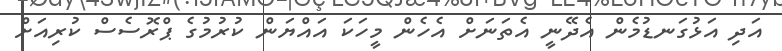
އަދި އަޅުގަނޑުމެން އެދޭނީ އެތަނަށް އެހެން މީހަކަ އައްޔަން ކުރުމުގެ ޕްރޮސެސް ކުރިއަށް